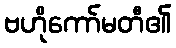
ဗဟိုကော်မတီ၏